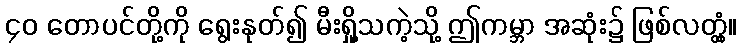
၄၀ တောပင်တို့ကို ရွေးနုတ်၍ မီးရှို့သကဲ့သို့ ဤကမ္ဘာ အဆုံး၌ ဖြစ်လတ္တံ့။